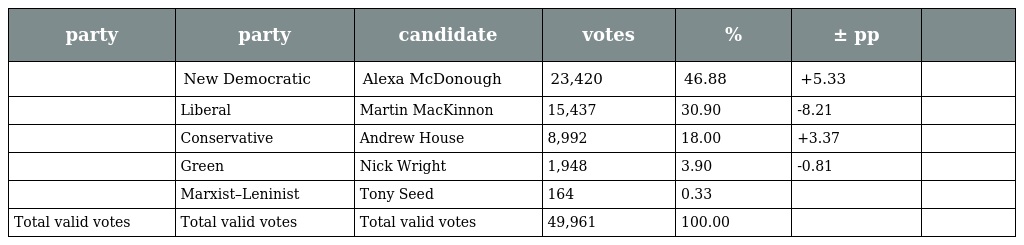
| party | party | candidate | votes | % | ± pp |  |
 | --- | --- | --- | --- | --- | --- | --- |
 |  | New Democratic | Alexa McDonough | 23,420 | 46.88 | +5.33 |  |
 |  | Liberal | Martin MacKinnon | 15,437 | 30.90 | -8.21 |  |
 |  | Conservative | Andrew House | 8,992 | 18.00 | +3.37 |  |
 |  | Green | Nick Wright | 1,948 | 3.90 | -0.81 |  |
 |  | Marxist–Leninist | Tony Seed | 164 | 0.33 |  |  |
 | Total valid votes | Total valid votes | Total valid votes | 49,961 | 100.00 |  |  |